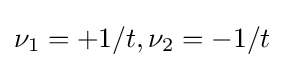
\nu _{1}=+1/t,\nu _{2}=-1/t